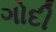
ગોદી